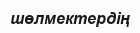
шөлмектердің